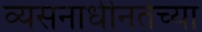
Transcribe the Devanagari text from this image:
व्यसनाधीनतेच्या